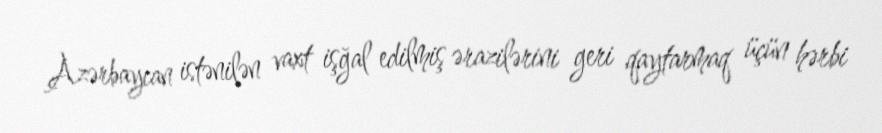
Azərbaycan istənilən vaxt işğal edilmiş ərazilərini geri qaytarmaq üçün hərbi